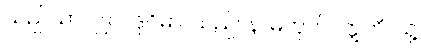
သည်သာလျှင်။ ဒုဝိဓာ၊ သည်။ န၊ မဟုတ်။ ဣတိ၊ သို့